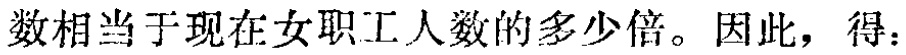
数相当于现在女职工人数的多少倍。因此，得：